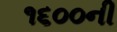
૧૬૦૦ની